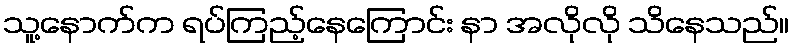
သူ့နောက်က ရပ်ကြည့်နေကြောင်း နာ အလိုလို သိနေသည်။